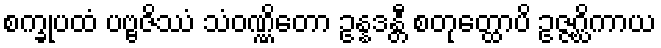
စက္ခုပထံ ပဗ္ဗဇိဿံ သံဝဏ္ဏိတော ဥန္နဒန္တီ စတုတ္ထောပိ ဥဇ္ဇဂ္ဃိကာယ